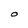
Character: O